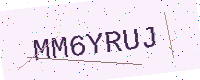
Text: MM6YRUJ